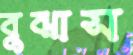
বুঝাস